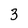
Character: 3